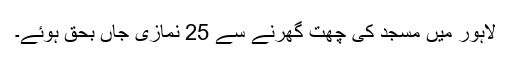
لاہور میں مسجد کی چھت گھرنے سے 25 نمازی جاں بحق ہوئے۔